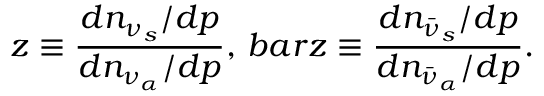
z \equiv { \frac { d n _ { \nu _ { s } } / d p } { d n _ { \nu _ { \alpha } } / d p } } , \, b a r z \equiv { \frac { d n _ { \bar { \nu } _ { s } } / d p } { d n _ { \bar { \nu } _ { \alpha } } / d p } } .